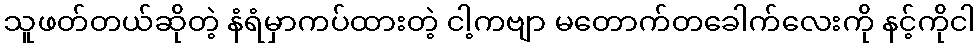
သူဖတ်တယ်ဆိုတဲ့ နံရံမှာကပ်ထားတဲ့ ငါ့ကဗျာ မတောက်တခေါက်လေးကို နင့်ကိုငါ